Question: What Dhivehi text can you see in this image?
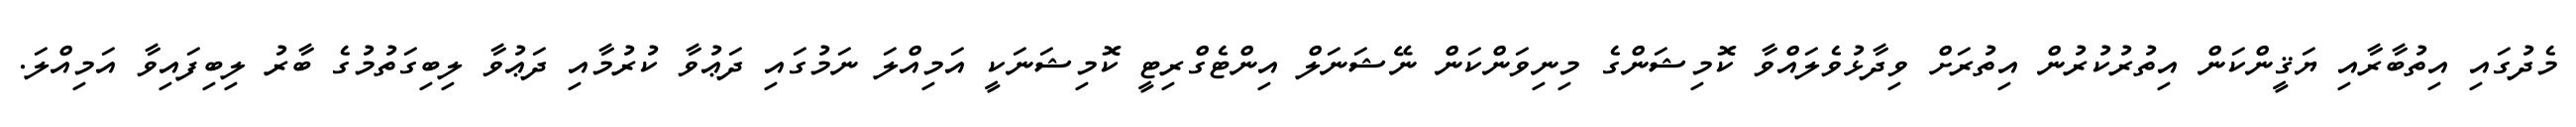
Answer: މެދުގައި އިތުބާރާއި ޔަޤީންކަން އިތުރުކުރުން އިތުރަށް ވިދާޅުވެލައްވާ ކޮމިޝަންގެ މިނިވަންކަން ނޭޝަނަލް އިންޓެގްރިޓީ ކޮމިޝަނަކީ އަމިއްލަ ނަމުގައި ދަޢުވާ ކުރުމާއި ދަޢުވާ ލިބިގަތުމުގެ ބާރު ލިބިފައިވާ އަމިއްލަ.